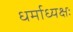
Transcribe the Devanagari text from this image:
धर्माध्यक्षः